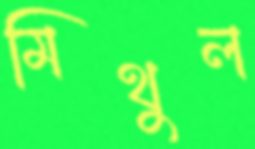
মিথুল